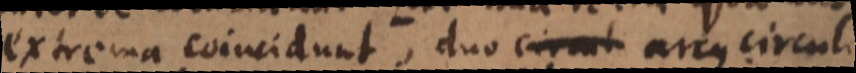
extrema coincidunt, duo arcus circuli